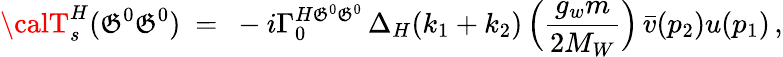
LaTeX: {\calT}_{s}^{H}(\mathfrak{G}^{0}\mathfrak{G}^{0})\ =\ -i\Gamma_{0}^{H\mathfrak{G}^{0}\mathfrak{G}^{0}}\, \Delta_{H}(k_{1}+k_{2})\, \Big(\frac{{g_{w}m}}{{2M_{W}}}\Big)\, \bar{{v}}(p_{2})u(p_{1})\, ,